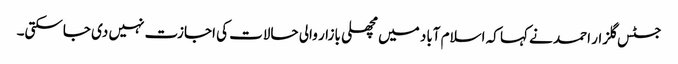
جسٹس گلزار احمد نے کہا کہ اسلام آباد میں مچھلی بازار والی حالات کی اجازت نہیں دی جاسکتی۔